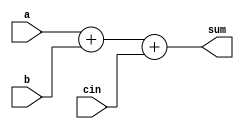
module binary_adder_2 (a,b,cin,sum);
input [1:0] a,b,cin;
output [2:0] sum;

assign sum = a + b + cin;

endmodule